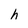
Character: h